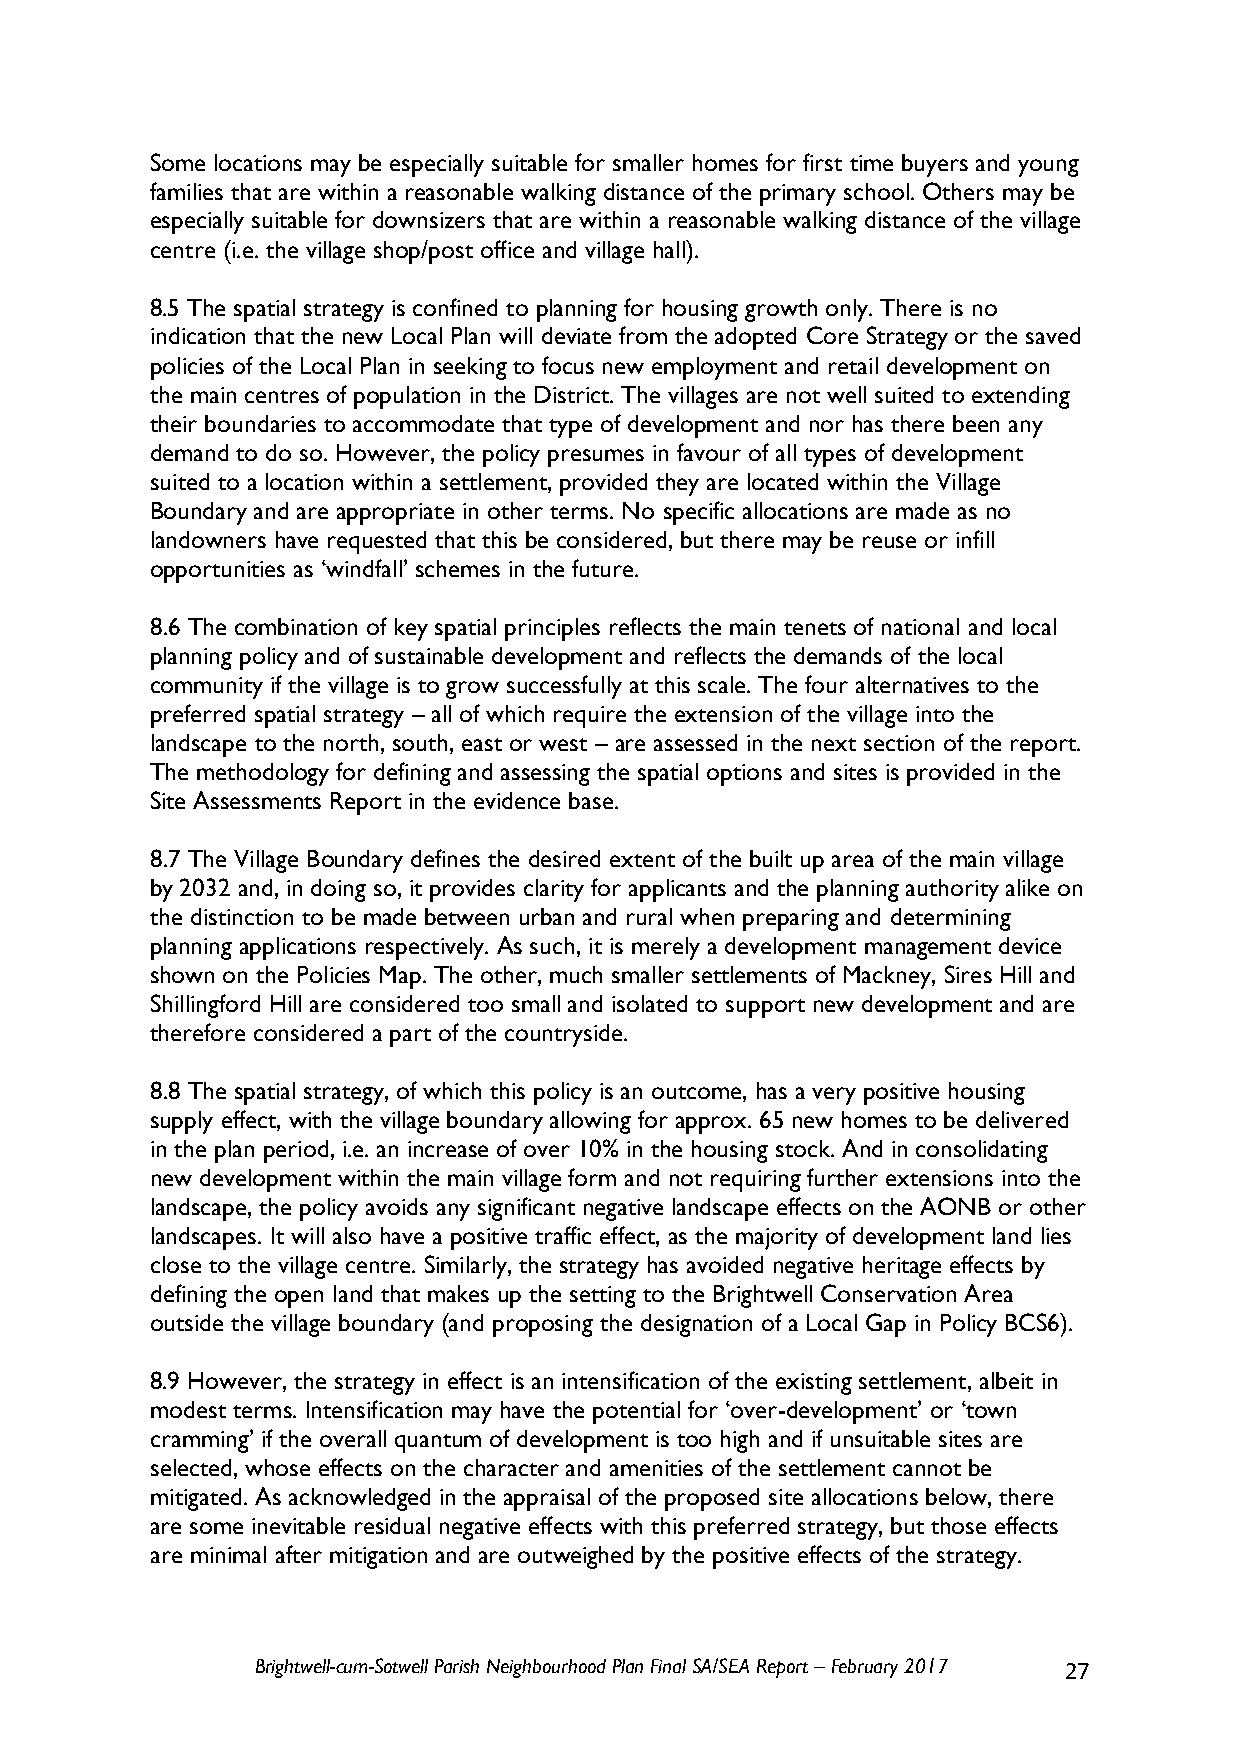
Some locations may be especially suitable for smaller homes for first time buyers and young
 families that are within a reasonable walking distance of the primary school. Others may be
 especially suitable for downsizers that are within a reasonable walking distance of the village
 centre (i.e. the village shop/post office and village hall).
 8.5 The spatial strategy is confined to planning for housing growth only. There is no
 indication that the new Local Plan will deviate from the adopted Core Strategy or the saved
 policies of the Local Plan in seeking to focus new employment and retail development on
 the main centres of population in the District. The villages are not well suited to extending
 their boundaries to accommodate that type of development and nor has there been any
 demand to do so. However, the policy presumes in favour of all types of development
 suited to a location within a settlement, provided they are located within the Village
 Boundary and are appropriate in other terms. No specific allocations are made as no
 landowners have requested that this be considered, but there may be reuse or infill
 opportunities as ‘windfall’ schemes in the future.
 8.6 The combination of key spatial principles reflects the main tenets of national and local
 planning policy and of sustainable development and reflects the demands of the local
 community if the village is to grow successfully at this scale. The four alternatives to the
 preferred spatial strategy – all of which require the extension of the village into the
 landscape to the north, south, east or west – are assessed in the next section of the report.
 The methodology for defining and assessing the spatial options and sites is provided in the
 Site Assessments Report in the evidence base.
 8.7 The Village Boundary defines the desired extent of the built up area of the main village
 by 2032 and, in doing so, it provides clarity for applicants and the planning authority alike on
 the distinction to be made between urban and rural when preparing and determining
 planning applications respectively. As such, it is merely a development management device
 shown on the Policies Map. The other, much smaller settlements of Mackney, Sires Hill and
 Shillingford Hill are considered too small and isolated to support new development and are
 therefore considered a part of the countryside.
 8.8 The spatial strategy, of which this policy is an outcome, has a very positive housing
 supply effect, with the village boundary allowing for approx. 65 new homes to be delivered
 in the plan period, i.e. an increase of over 10% in the housing stock. And in consolidating
 new development within the main village form and not requiring further extensions into the
 landscape, the policy avoids any significant negative landscape effects on the AONB or other
 landscapes. It will also have a positive traffic effect, as the majority of development land lies
 close to the village centre. Similarly, the strategy has avoided negative heritage effects by
 defining the open land that makes up the setting to the Brightwell Conservation Area
 outside the village boundary (and proposing the designation of a Local Gap in Policy BCS6).
 8.9 However, the strategy in effect is an intensification of the existing settlement, albeit in
 modest terms. Intensification may have the potential for ‘over-development’ or ‘town
 cramming’ if the overall quantum of development is too high and if unsuitable sites are
 selected, whose effects on the character and amenities of the settlement cannot be
 mitigated. As acknowledged in the appraisal of the proposed site allocations below, there
 are some inevitable residual negative effects with this preferred strategy, but those effects
 are minimal after mitigation and are outweighed by the positive effects of the strategy.
 Brightwell-cum-Sotwell Parish Neighbourhood Plan Final SA/SEA Report – February 2017 27